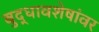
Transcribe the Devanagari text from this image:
बुद्धावशेषांवर